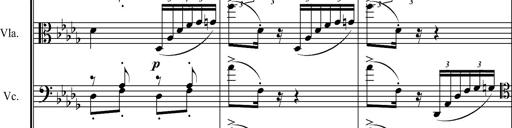
Title: 6 Melodien von Franz Schubert
Composer: Franz Liszt